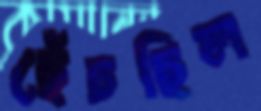
ছেঁচছিল